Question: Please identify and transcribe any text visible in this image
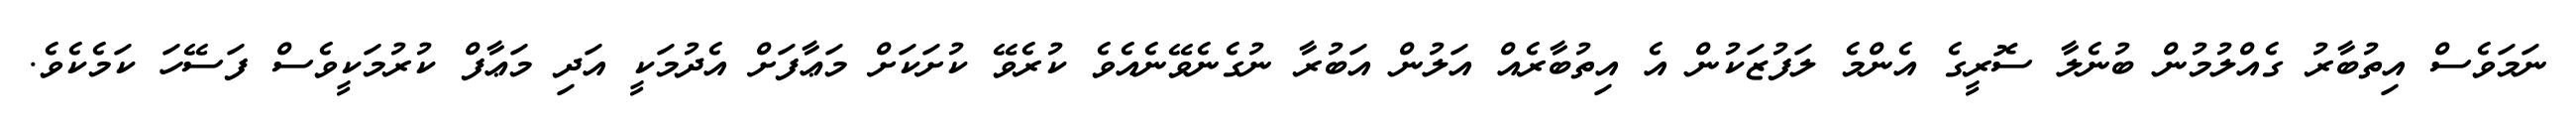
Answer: ނަމަވެސް އިތުބާރު ގެއްލުމުން ބުނެލާ ސޮރީގެ އެންމެ ލަފުޒަކުން އެ އިތުބާރެއް އަލުން އަބުރާ ނުގެނެވޭނެއެވެ ކުރެވޭ ކުށަކަށް މަޢާފަށް އެދުމަކީ އަދި މަޢާފް ކުރުމަކީވެސް ފަސޭހަ ކަމެކެވެ.